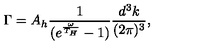
\Gamma = A _ { h } \frac { 1 } { ( e ^ { \frac { \omega } { T _ { H } } } - 1 ) } \frac { d ^ { 3 } k } { ( 2 \pi ) ^ { 3 } } ,